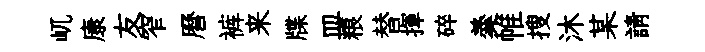
屼康友窄曆裤来牒皿粮替揮碎羮帷搜沐某請